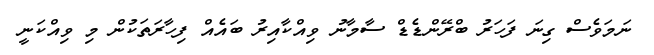
ނަމަވެސް ގިނަ ފަހަރު ބްރޭންޑެޑް ސާމާނު ވިއްކާއިރު ބައެއް ފިހާރަތަކުން މި ވިއްކަނީ